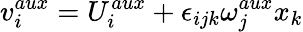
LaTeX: v_{i}^{aux}=U_{i}^{aux}+\epsilon_{ijk}\omega_{j}^{aux}x_{k}